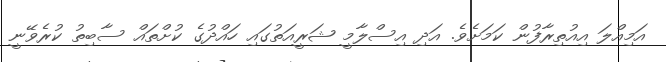
އަމިއްލަ އިއުތިރާފުން ކަމަށެވެ. އަދި އިސްލާމީ ޝަރީއަތުގައި ހައްދުގެ ކުށްތައް ސާބިތު ކުރެވޭނީ